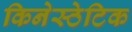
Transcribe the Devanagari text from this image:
किनेस्ठेटिक